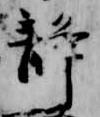
静